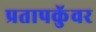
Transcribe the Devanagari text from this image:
प्रतापकुॅवर